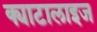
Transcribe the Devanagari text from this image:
क्याटालाइज